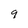
Character: 9